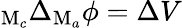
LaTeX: _{\mathrm{M}_{c}}\Delta_{\mathrm{M}_{a}}\phi=\Delta V